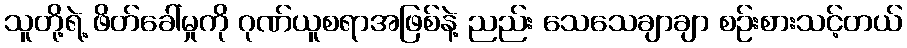
သူတို့ရဲ့ ဖိတ်ခေါ်မှုကို ဂုဏ်ယူစရာအဖြစ်နဲ့ ညည်း သေသေချာချာ စဉ်းစားသင့်တယ်